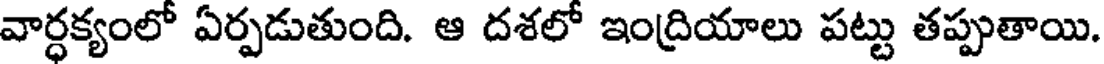
వార్ధక్యంలో ఏర్పడుతుంది. ఆ దశలో ఇంద్రియాలు పట్టు తప్పుతాయి.